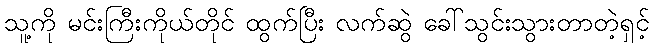
သူ့ကို မင်းကြီးကိုယ်တိုင် ထွက်ပြီး လက်ဆွဲ ခေါ်သွင်းသွားတာတဲ့ရှင့်